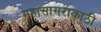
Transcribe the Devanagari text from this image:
महासागराकाठी